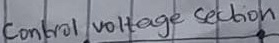
Text: Control voltage Section